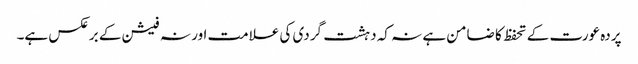
پردہ عورت کے تحفظ کا ضامن ہے نہ کہ دہشت گردی کی علامت اور نہ فیشن کے برعکس ہے۔